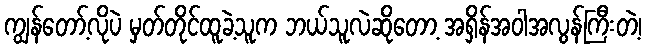
ကျွန်တော့်လိုပဲ မှတ်တိုင်ထူခဲ့သူက ဘယ်သူလဲဆိုတော့ အရှိန်အဝါအလွန်ကြီးတဲ့၊